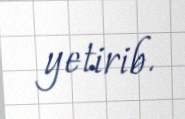
yetirib.